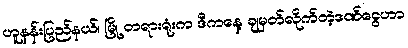
ဟူနန်းပြည်နယ်၊ မြို့ တရားရုံးက ဒီကနေ့ ချမှတ်လိုက်တဲ့ဒဏ်ငွေဟာ